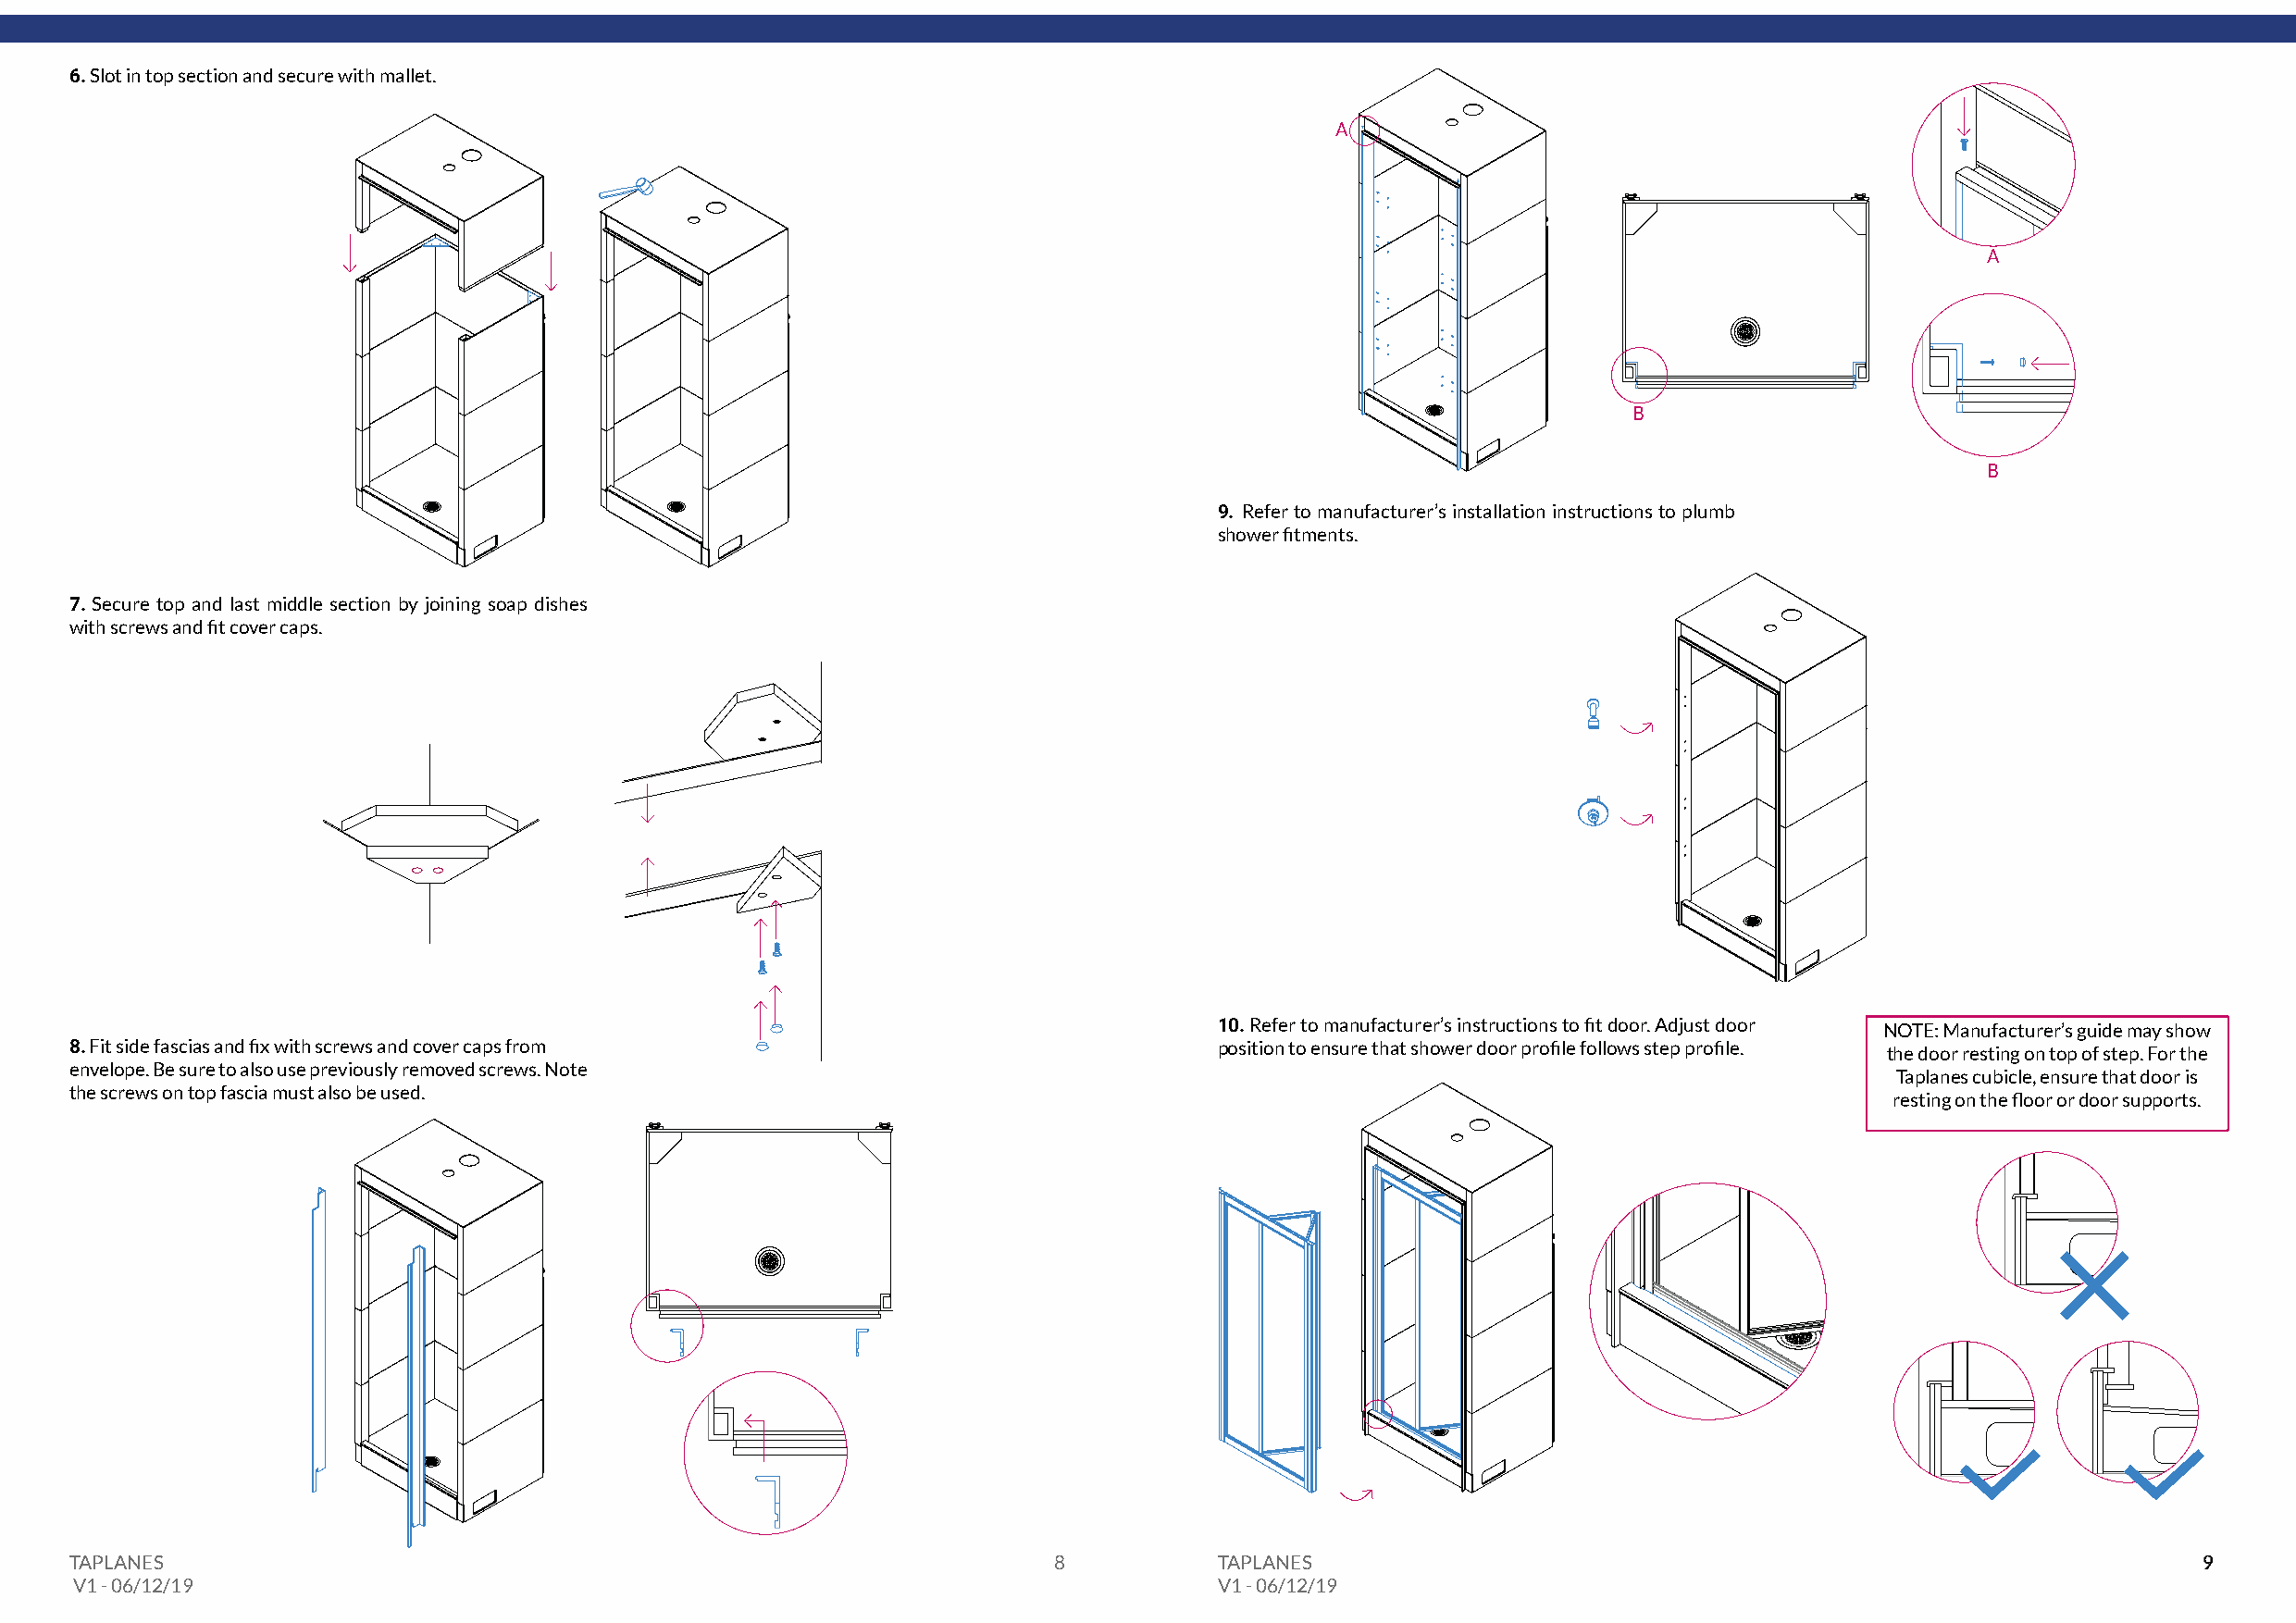
6. Slot in top section and secure with mallet.
 A
 A
 B
 B
 9. Refer to manufacturer’s installation instructions to plumb
 shower fitments.
 7. Secure top and last middle section by joining soap dishes
 with screws and fit cover caps.
 10. Refer to manufacturer’s instructions to fit door. Adjust door NOTE: Manufacturer’s guide may show
 8. Fit side fascias and fix with screws and cover caps from                       position to ensure that shower door profile follows step profile. the door resting on top of step. For the
 envelope. Be sure to also use previously removed screws. Note
 Taplanes cubicle, ensure that door is
 the screws on top fascia must also be used.
 resting on the floor or door supports.
 TAPLANES                                                              8           TAPLANES                                                              99
 V1 - 06/12/19                                                                     V1 - 06/12/19